Eesti_Peakonsulaat_New_Yorgis, lk 11
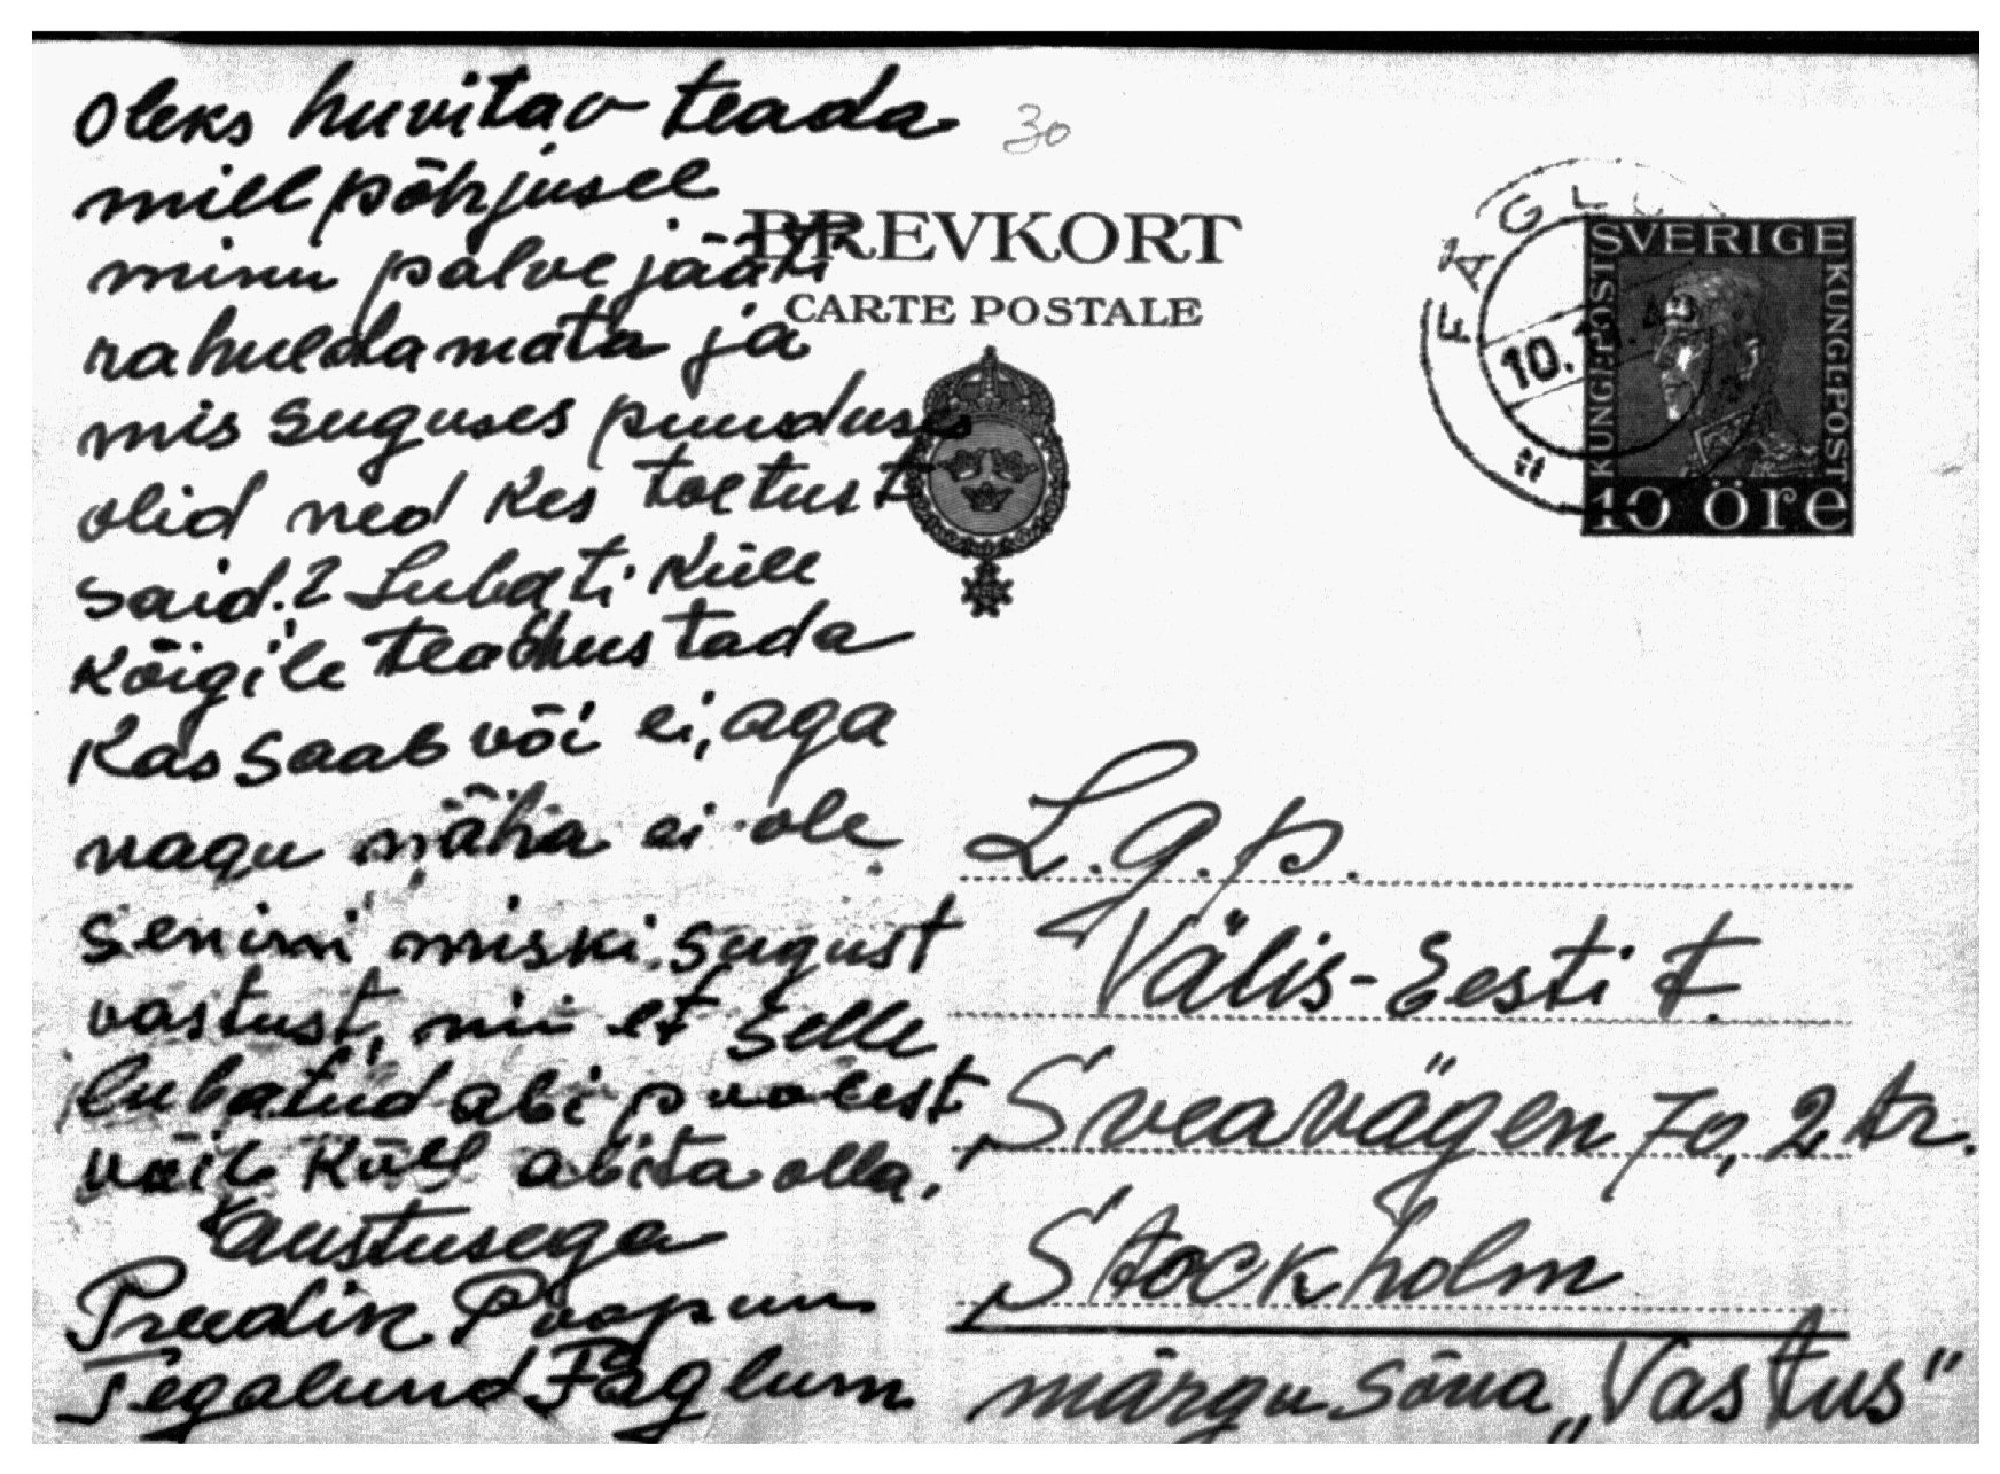
Oleks huvitav teada
mill põhjusel
minu palve jääti
rahuldamata ja
mis suguses puuduses
olid ned kes toetust
said? Lubati küll
kõigile teadustada
kas saab või ei, aga
nagu näha ei ole
L.g.p.
senini miski sugust
Välis-Eesti t.
vastust, nii et selle
lubatud abi poolest
Sveavägen 70,2 tr.
võib küll abita olla!
Austusega
Stockholm
Preedik Poopuu
Tegalund Fåglum
märgusõna "Vastus"